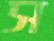
স